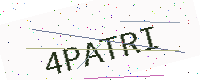
Text: 4PATRI